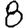
Digit: 8